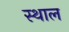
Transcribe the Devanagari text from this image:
स्‍थाल